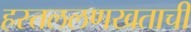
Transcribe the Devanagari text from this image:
हस्तललणखताची